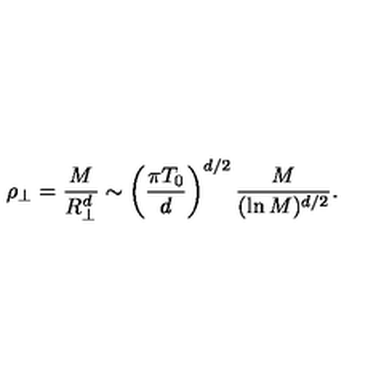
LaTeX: \rho _ { \perp } = { \frac { M } { R _ { \perp } ^ { d } } } \sim \left( { \frac { \pi T _ { 0 } } { d } } \right) ^ { d / 2 } { \frac { M } { ( \ln { M } ) ^ { d / 2 } } } .